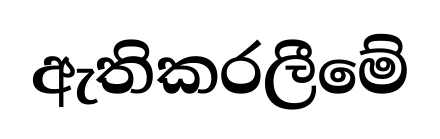
ඇතිකරලීමේ